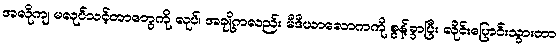
အလိုကျ မလုပ်သင့်တာတွေကို လုပ်၊ အချို့ကလည်း မီဒီယာလောကကို စွန့်ခွာပြီး လိုင်းပြောင်းသွားတာ